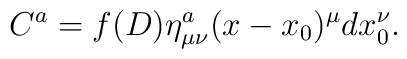
C^a=f(D)\eta^a_{\mu\nu}(x-x_0)^\mu dx_0^\nu.